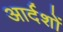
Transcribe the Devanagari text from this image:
आर्दशों